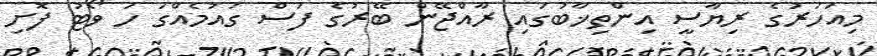
މިއަހަރުގެ ރިޔާސީ އިންތިޚާބުގައި ރާއްޖޭން ބޭރުގެ ފަސް ގައުމެއްގަ ހަ ވޯޓު ފޮށި